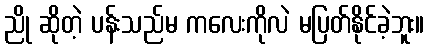
ညို ဆိုတဲ့ ပန်းသည်မ ကလေးကိုလဲ မပြတ်နိုင်ခဲ့ဘူး။